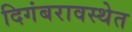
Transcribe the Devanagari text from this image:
दिगंबरावस्थेत